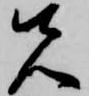
先